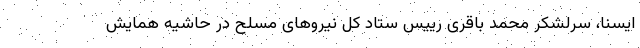
ایسنا، سرلشکر محمد باقری رییس ستاد کل نیروهای مسلح در حاشیه همایش